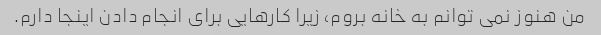
من هنوز نمی توانم به خانه بروم، زیرا کارهایی برای انجام دادن اینجا دارم.